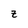
Character: z